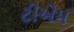
ટીએમ